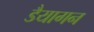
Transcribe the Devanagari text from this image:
डैयागन